Rules regarding the measures to be adopted on the outbreak of cholera or appearance of small-pox
Disease focus: Cholera
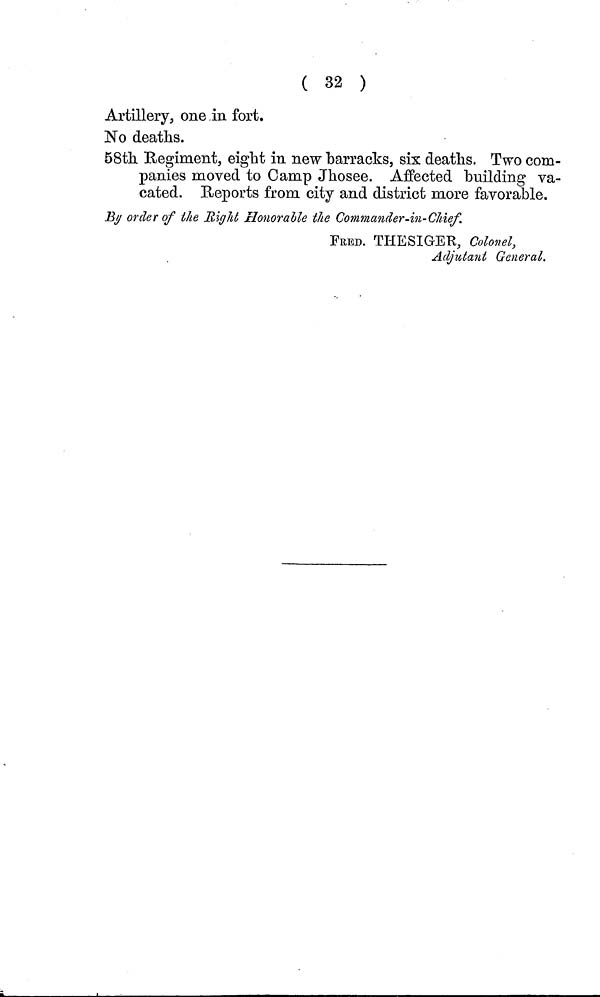
( 32 )
Artillery, one in fort.
No deaths.
58th Regiment, eight in new barracks, six deaths. Two com-
panies moved to Camp Jhosee. Affected building va-
cated. Reports from city and district more favorable.
By order of the Right, Honorable the Commander-in-Chief.
FRED. THESIGER, Colonel,
Adjutant General.